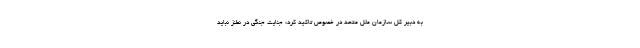
به دبیر کل سازمان ملل متحد در خصوص تاکید کرد: جنایت جنگی در نطنز نباید